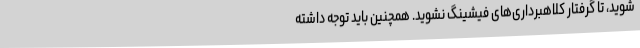
شوید، تا گرفتار کلاهبرداری‌های فیشینگ نشوید. همچنین باید توجه داشته